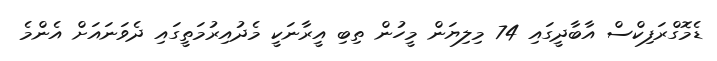
ޑެމޮގްރަފިކްސް އާބާދީގައި 74 މިލިޔަން މީހުން ތިބި އީރާނަކީ މެދުއިރުމަތީގައި ދެވަނައަށް އެންމެ